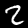
Digit: 2